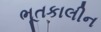
ભૂતકાલીન